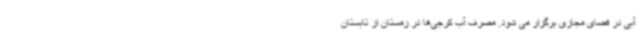
آبی در فضای مجازی برگزار می شود. مصرف آب کرجی‌ها در زمستان از تابستان